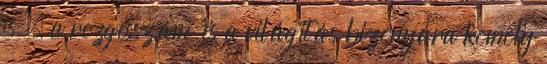
is – a rezgésszám és a világítás bizonyára komoly